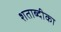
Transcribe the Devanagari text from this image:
शताब्दीका